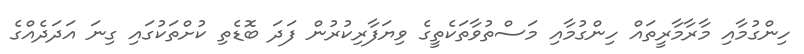
ހިންގުމާއި މާރާމާރީތައް ހިންގުމާއި މަސްތުވާތަކެތީގެ ވިޔަފާރިކުރުން ފަދަ ބޮޑެތި ކުށްތަކުގައި ގިނަ އަދަދެއްގެ